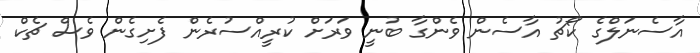
އާސެނަލްގެ ކޯޗު އާސެން ވެންގާ ބުނީ ވަރަށް ކުރީއްސުރެން ފެށިގެން ވެސް ޗެކް